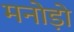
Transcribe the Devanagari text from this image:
मनोड़ो